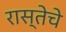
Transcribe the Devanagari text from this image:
रास्तेचे